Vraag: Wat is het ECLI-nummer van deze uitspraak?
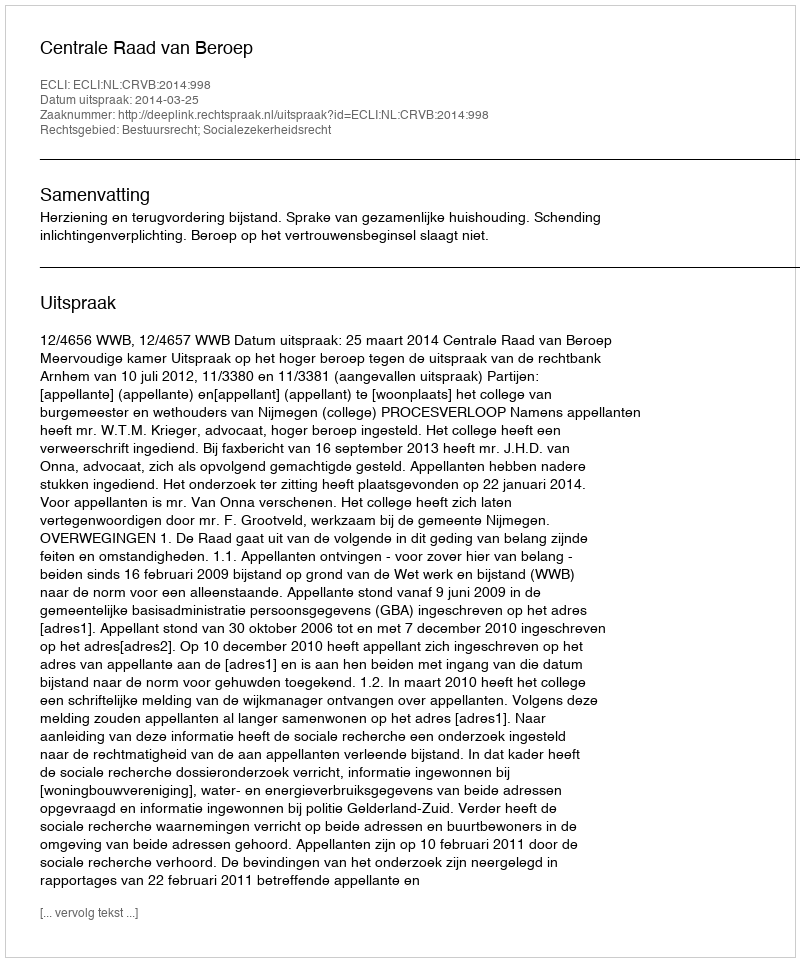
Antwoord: ECLI:NL:CRVB:2014:998